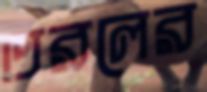
তরলের